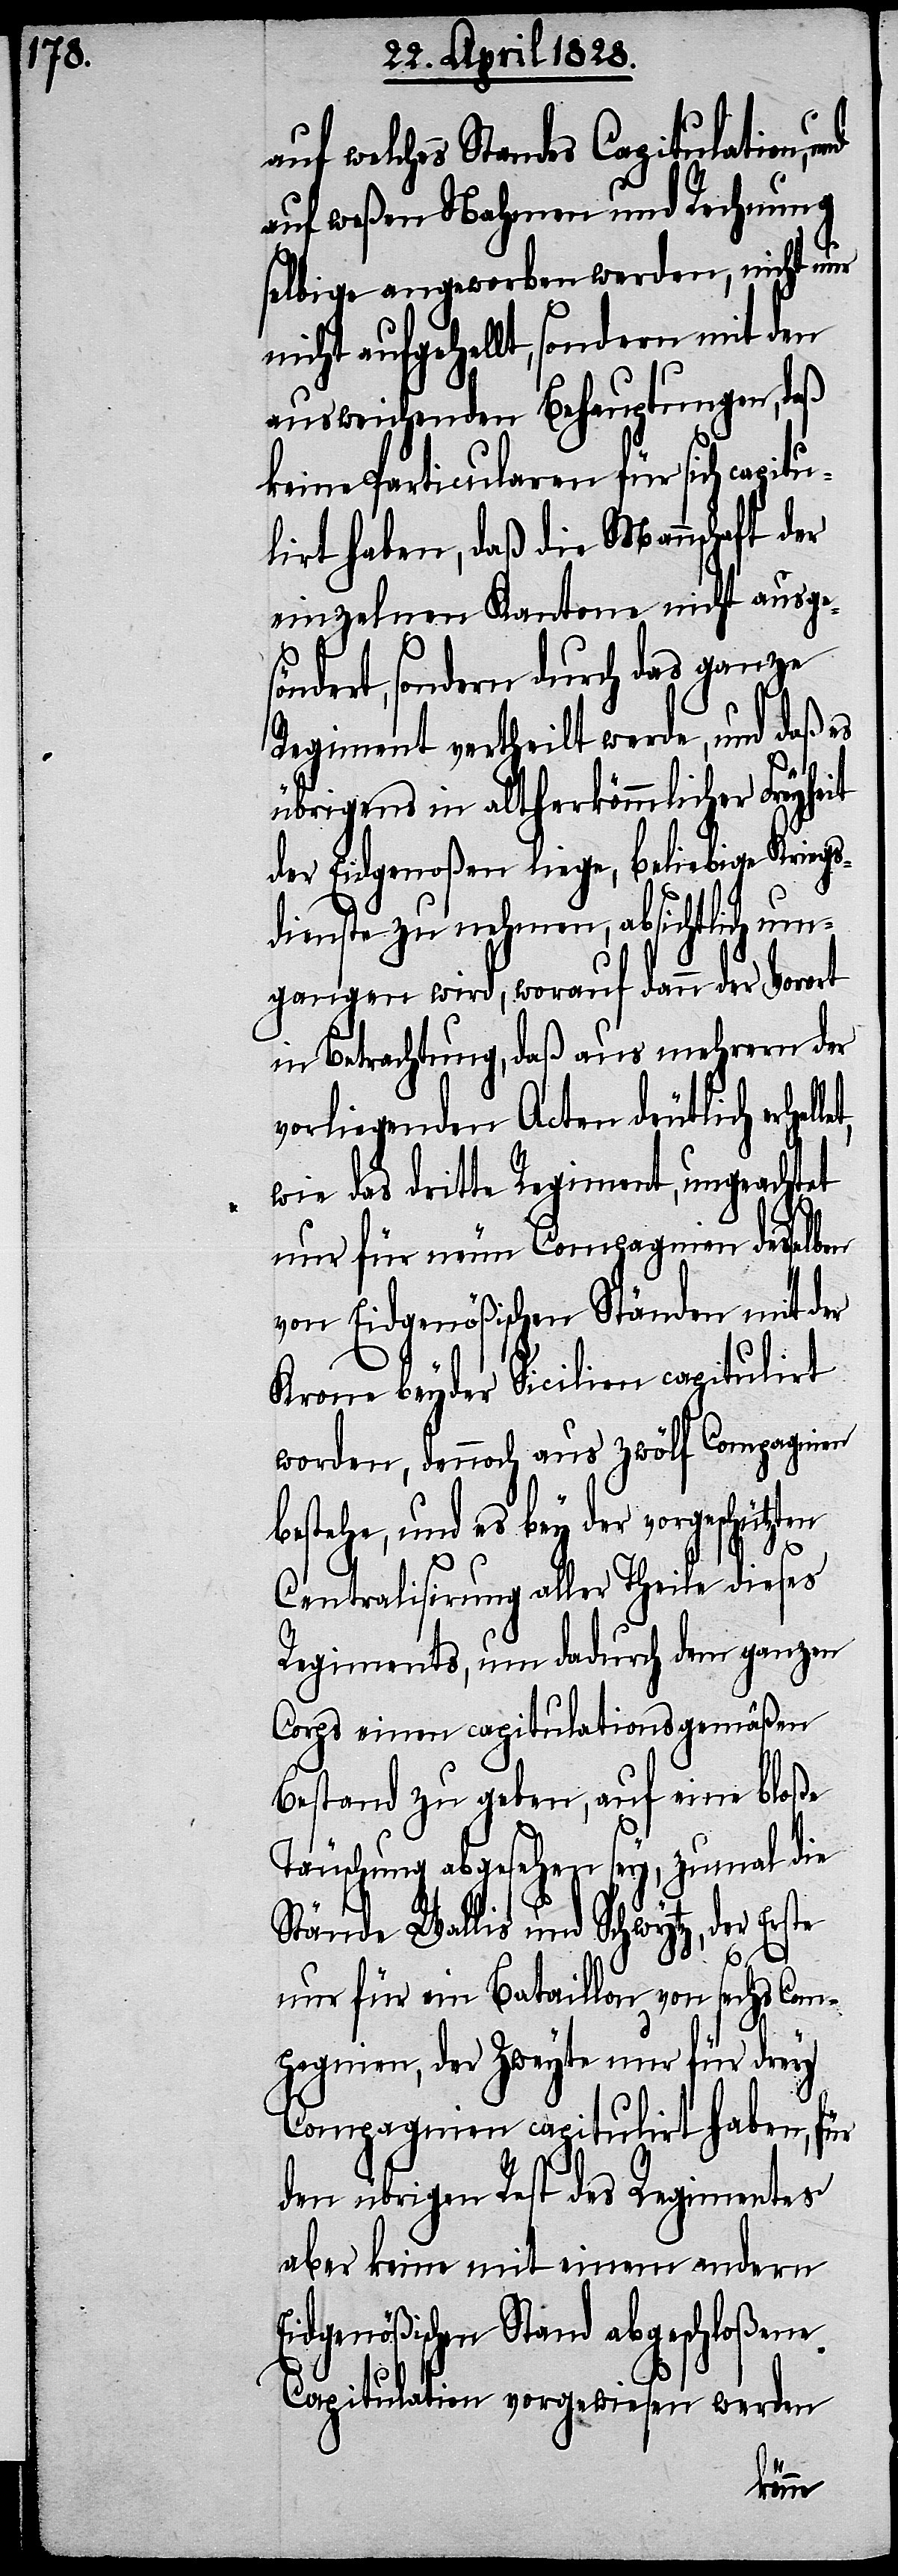
auf welches Standes Capitulation,
auf weßen Nahmen und Rechnung
selbige angeworben werden, nicht nur
nicht aufgehellt, sondern mit den
ausweichenden Behauptungen, daß
keine Particularen für sich capit¬
ulirt haben, daß die Mannschaft der
einzelnen Kantone nicht ausge¬
söndert, sondern durch das ganze
Regiment vertheilt werde, und daß es
übrigens in altherkömmlicher Freyheit
der Eidgenoßen liege, beliebige Kriegs¬
dienste zu nehmen, absichtlich um¬
gangen wird, worauf dann der Vorort
in Betrachtung, daß aus mehrern der
vorliegenden Acten deutlich erhel¬
wie das dritte Regiment, ungeachtet
nur für neue Compagnien desselben
von Eidgenößischen Ständen mit der
Krone beyder Sicilien capitulirt
worden, dennoch aus zwölf Compagnien
bestehe, und es bey der vorgeschützten
Centralisirung aller Theile dieses
Regiments, um dadurch dem ganzen
Corps einen capitulationsgemäßen
Bestand zu geben, auf eine bloße
Täuschung abgesehen sey, zumal die
Stände Wallis und Schwytz, der Erste
nur für ein Bataillon von sechs Com¬
pagnien, der Zweyte nur für drey
Compagnien capitulirt haben, für
den übrigen Rest des Regimentes
aber keine mit einem andern
Eidgenößischen Stand abgeschloßene
Capitulation vorgewiesen werden
let,